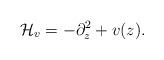
LaTeX: \begin{align*}\mathcal{H}_v=-\partial_z^2+v(z).\end{align*}